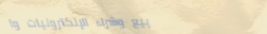
بيع وشراء الإلكترونيات وا